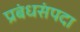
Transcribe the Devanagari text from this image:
प्रबंधसंपदा